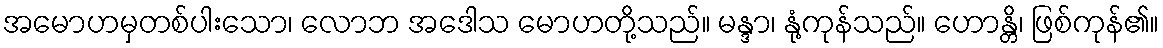
အမောဟမှတစ်ပါးသော၊ လောဘ အဒေါသ မောဟတို့သည်။ မန္ဒာ၊ နုံ့ကုန်သည်။ ဟောန္တိ၊ ဖြစ်ကုန်၏။